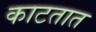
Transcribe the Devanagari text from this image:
काटतात